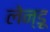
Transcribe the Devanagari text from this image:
लेन्डू